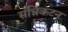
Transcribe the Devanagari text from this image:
संन्निकटन